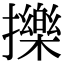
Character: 擽